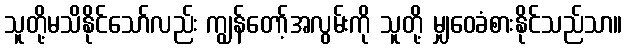
သူတို့မသိနိုင်သော်လည်း ကျွန်တော့်အလွမ်းကို သူတို့ မျှဝေခံစားနိုင်သည်သာ။